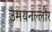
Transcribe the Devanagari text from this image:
उमयनल्लौर